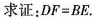
求证：DF=BE.